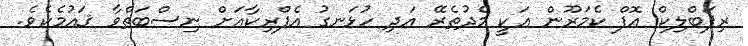
ރިޕަބްލިކް އޮފް ކެމަރޫން އަކީ މެދުތެރޭ އަދި ހުޅަނގު އެފްރިކާއަށް ނިސްބަތްވާ ޤައުމެކެވެ.